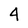
Character: 4